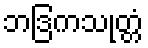
ဘဒြကသုတ္တံ